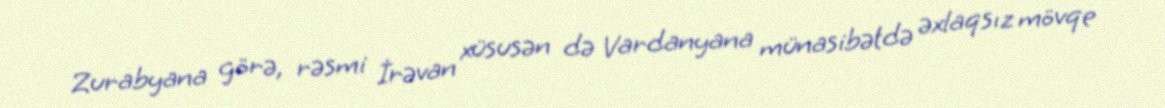
Zurabyana görə, rəsmi İrəvan xüsusən də Vardanyana münasibətdə əxlaqsız mövqe